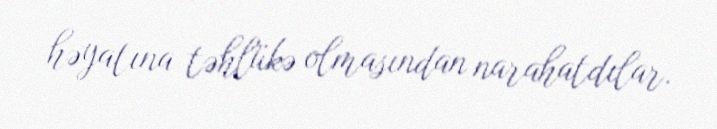
həyatına təhlükə olmasından narahatdılar.